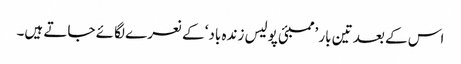
اس کے بعد تین بار ’ممبئی پولیس زندہ باد‘ کے نعرے لگائے جاتے ہیں۔